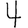
Digit: 4